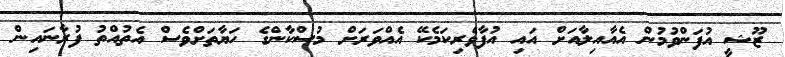
ޒޫޝީ އުފަންވުމުން އެއާއިލާއަށް އައި އުފާވެރިކަމެކޭ އެއްވަރަށް މުސްކާންގެ ހަޔާތަށްވެސް އެތުއްތު ފުރާނައިން